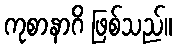
ကုစာနာဂိ ဖြစ်သည်။